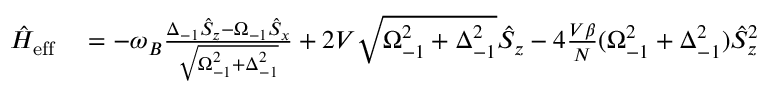
\begin{array} { r l } { \hat { H } _ { \mathrm { e f f } } } & { { } = - \omega _ { B } \frac { \Delta _ { - 1 } \hat { S } _ { z } - \Omega _ { - 1 } \hat { S } _ { x } } { \sqrt { \Omega _ { - 1 } ^ { 2 } + \Delta _ { - 1 } ^ { 2 } } } + 2 V \sqrt { \Omega _ { - 1 } ^ { 2 } + \Delta _ { - 1 } ^ { 2 } } \hat { S } _ { z } - 4 \frac { V \beta } { N } ( \Omega _ { - 1 } ^ { 2 } + \Delta _ { - 1 } ^ { 2 } ) \hat { S } _ { z } ^ { 2 } } \end{array}